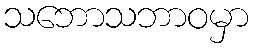
သဘောသဘာဝမှာ